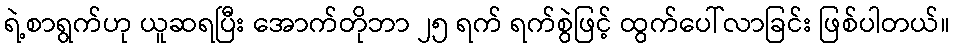
ရဲ့စာရွက်ဟု ယူဆရပြီး အောက်တိုဘာ ၂၅ ရက် ရက်စွဲဖြင့် ထွက်ပေါ်လာခြင်း ဖြစ်ပါတယ်။